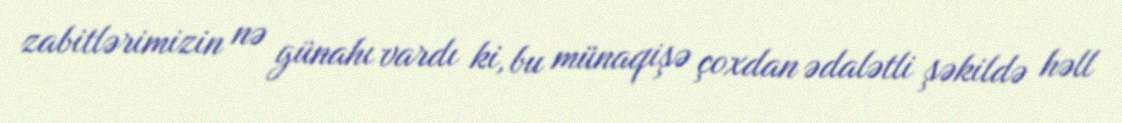
zabitlərimizin nə günahı vardı ki, bu münaqişə çoxdan ədalətli şəkildə həll